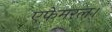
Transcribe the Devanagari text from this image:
एफेमरल।